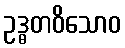
ဥဒ္ဓတဝိသောဝ